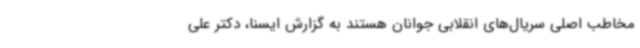
مخاطب اصلی سریال‌های انقلابی جوانان هستند به گزارش ایسنا، دکتر علی